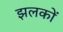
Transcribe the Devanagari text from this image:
झलकों